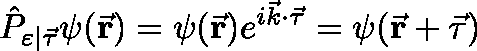
{ \hat { P } } _ { \varepsilon | { \vec { \tau } } } \psi ( { \vec { \mathbf { r } } } ) = \psi ( { \vec { \mathbf { r } } } ) e ^ { i { \vec { k } } \cdot { \vec { \tau } } } = \psi ( { \vec { \mathbf { r } } } + { \vec { \mathbf { \tau } } } )